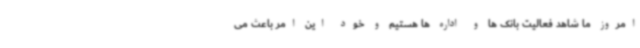
امروز ما شاهد فعالیت بانک ها و اداره ها هستیم و خود این امر باعث می